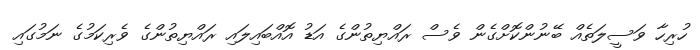
ހުރިހާ ވަސީލަތެއް ބޭނުންކޮށްގެން ވެސް ރައްޔިތުންގެ އަޑު އޮއްބައިލައި ރައްޔިތުންގެ ވެރިކަމުގެ ނަމުގައި